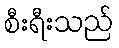
စီးရီးသည်